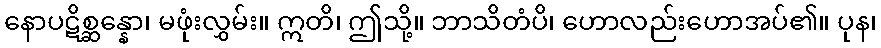
နောပဋိစ္ဆန္နော၊ မဖုံးလွှမ်း။ ဣတိ၊ ဤသို့။ ဘာသိတံပိ၊ ဟောလည်းဟောအပ်၏။ ပုန၊